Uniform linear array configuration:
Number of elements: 64
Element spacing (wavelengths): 0.25
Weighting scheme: exponential
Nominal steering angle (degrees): -60
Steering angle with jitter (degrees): -60.148
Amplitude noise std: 0.05
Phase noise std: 0.05

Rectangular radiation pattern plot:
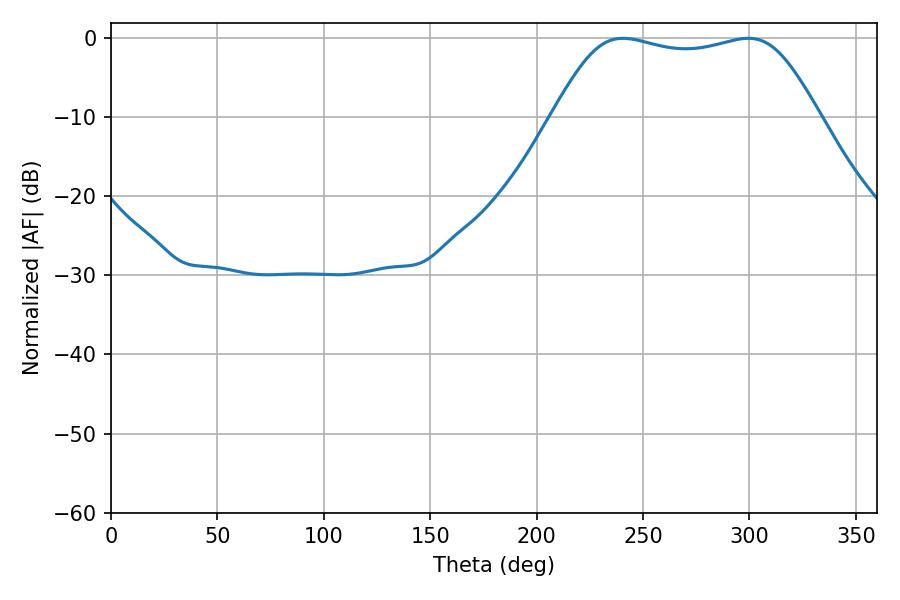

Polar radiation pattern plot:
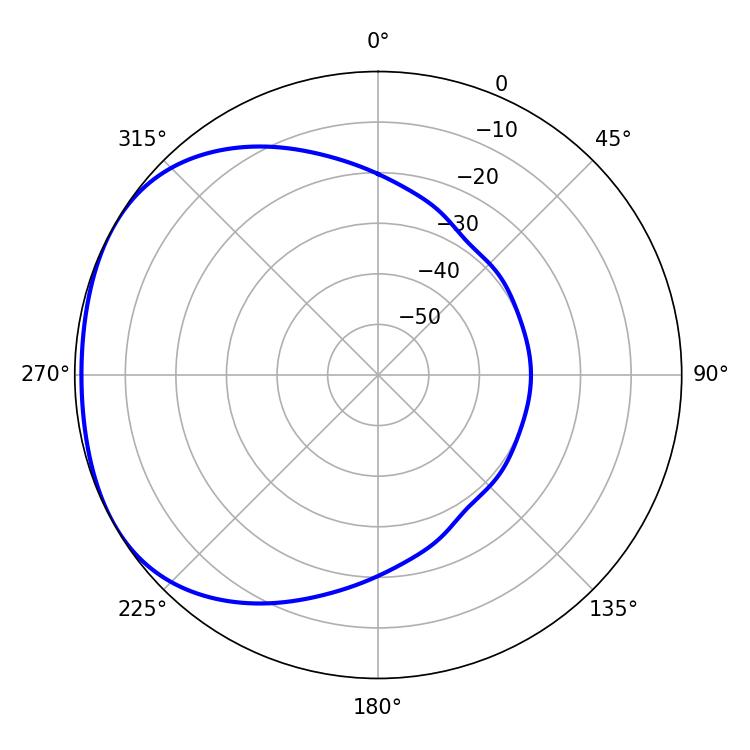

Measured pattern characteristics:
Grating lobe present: FALSE
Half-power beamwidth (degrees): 95.4
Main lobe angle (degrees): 240.48